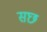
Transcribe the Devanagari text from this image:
सछ